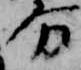
分